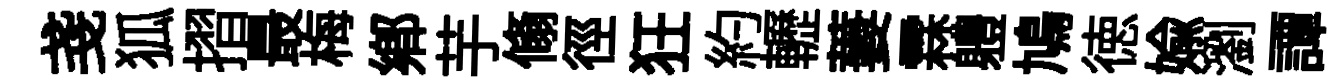
戔狐摺最梅郷芋翛徑狂約轣萋霖軆鳩徳媮瀏譚